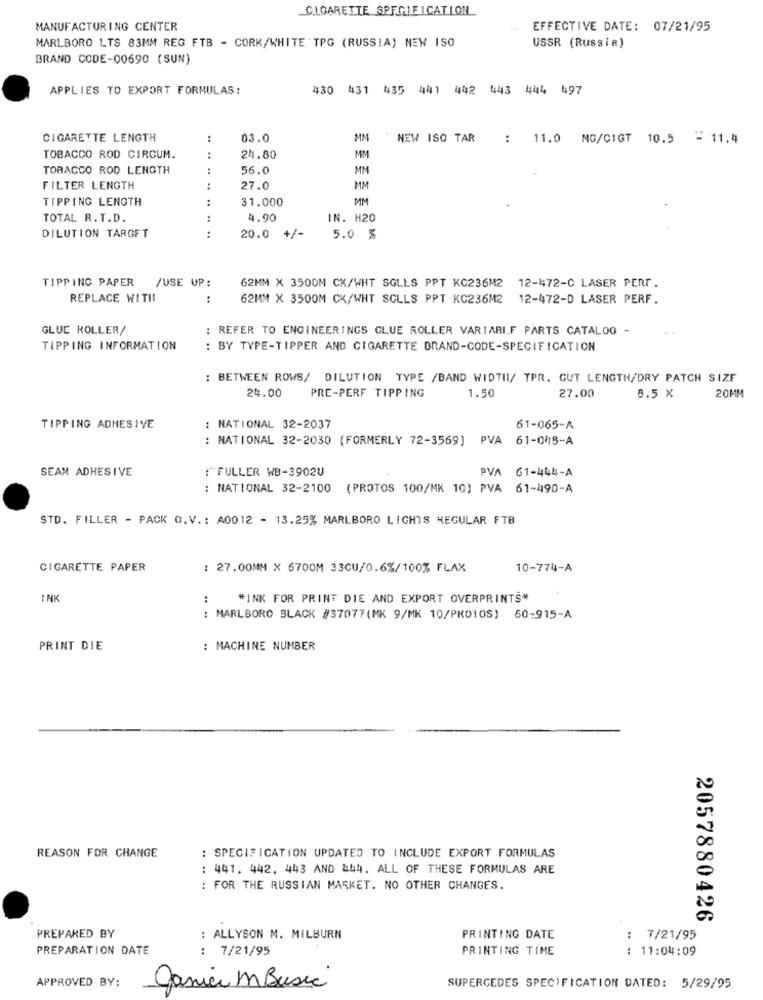
CIGARETTE SPECIFICATION
MANUFACTURING CENTER
EFFECTIVE DATE: 07/21/95
MARLBORO LTS 83MM REG FTB - CORK/WHITE TPG (RUSSIA) NEW ISO
USSR (Russia)
BRAND CODE-00690 (SUN)
APPLIES TO EXPORT FORMULAS:
430 431 435 441 442 443 444 497
CIGARETTE LENGTH
:
03.0
MM
NEW ISO TAR
: 11.0 MG/CIGT 10.5 = 11.4
TOBACCO ROD CIRCUM.
24.80
MM
TORACCO ROD LENGTH
:
56.0
MM
FILTER LENGTH
..
27.0
MM
TIPPING LENGTH
31.000
MM
TOTAL R.T.D.
..
4.90
IN. H20
DILUTION TARGET
20.0
+/-
5.0 %
TIPPING PAPER
/USE UP:
62MM X 3500M CX/WHT SGLLS PPT KC236M2 12-472-C LASER PERF.
REPLACE WITH
:
62MM X 3500M CK/WHT SCLLS PPT KC236M2 12-472-D LASER PERF.
GLUE ROLLER/
: REFER TO ENGINEERINGS GLUE ROLLER VARIARIF PARTS CATALOG -
TIPPING INFORMATION
: BY TYPE-TIPPER AND CIGARETTE BRAND-CODE-SPECIFICATION
: BETWEEN ROWS/ DILUTION TYPE /BAND WIDTHI/ TPR. GUT LENGTH/DRY PATCH SIZE
24.00
PRE-PERF TIPPING
1.50
27.00
8.5 X
20MM
TIPPING ADHESIVE
: NATIONAL 32-2037
61-065-A
: NATIONAL 32-2030 (FORMERLY 72-3569] PVA 61-0 5-A
SEAM ADHESIVE
:"FULLER WB-3902U
PVA 61-444-A
: NATIONAL 32-2100 (PROTOS 100/MK 10) PVA 61-490-A
STD. FILLER - PACK O.V .: A0012 - 13.25% MARLBORO LIGHTS REGULAR FTB
CIGARETTE PAPER
: 27.00MM X 6700M 33CU/0.6%/100% FLAX
10-774-A
: NK
:
"INK FOR PRINT DIE AND EXPORT OVERPRINTS*
: MARLBORO BLACK #37077(MK 9/MK 10/PROTOS) 60-915-A
PRINT DIE
MACHINE NUMBER
REASON FOR CHANGE
: SPECIFICATION UPDATED TO INCLUDE EXPORT FORMULAS
: 441, 442, 443 AND 444. ALL OF THESE FORMULAS ARE
: FOR THE RUSSIAN MARKET. NO OTHER CHANGES.
2057880426
PREPARED BY
: ALLYSON M. MILBURN
PRINTING DATE
: 7/21/95
PREPARATION DATE
: 7/21/95
PRINTING TIME
: 11:04:09
APPROVED BY:
Janice MBusic
SUPERCEDES SPECIFICATION DATED: 5/29/95